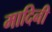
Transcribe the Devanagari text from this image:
मादिनी